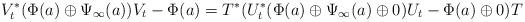
LaTeX: \begin{align*} V_t^\ast (\Phi(a) \oplus \Psi_\infty(a)) V_t - \Phi(a) = T^\ast(U_t^\ast ( \Phi(a) \oplus \Psi_\infty(a) \oplus 0) U_t - \Phi(a) \oplus 0) T\end{align*}